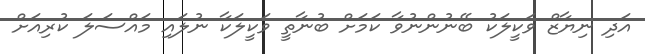
އަދި ނިޔާޒް ވަކީލަކު ބޭނުންނުވާ ކަމަށް ބުނާތީ ވަކީލަކާ ނުލައި މައްސަލަ ކުރިއަށް